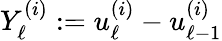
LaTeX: Y_{\ell}^{(i)}:=u_{\ell}^{(i)}-u_{\ell-1}^{(i)}